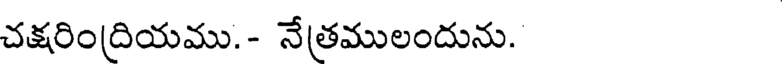
చక్షరింద్రియము.- నేత్రములందును.